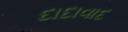
દાદાવાદ